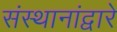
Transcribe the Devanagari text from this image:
संस्थानांद्वारे